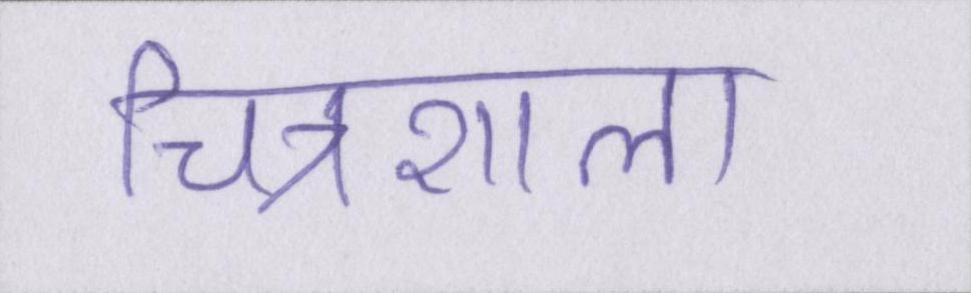
चित्रशाला